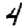
Digit: 4